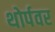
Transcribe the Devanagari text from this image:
थोर्पवर